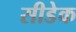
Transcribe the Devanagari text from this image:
सीडेक